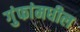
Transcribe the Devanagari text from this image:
गुंफांमधील